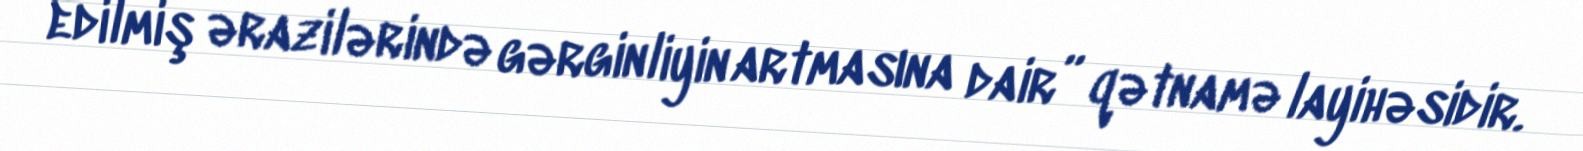
edilmiş ərazilərində gərginliyin artmasına dair” qətnamə layihəsidir.